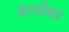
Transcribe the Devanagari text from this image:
ऊर्ध्ववप्र